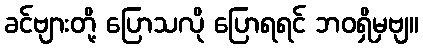
ခင်ဗျားတို့ ပြောသလို ပြောရရင် ဘဝရှိမှဗျ။